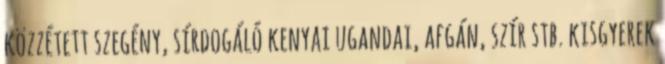
közzétett szegény, sírdogáló kenyai ugandai, afgán, szír stb. kisgyerek